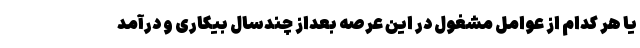
یا هر کدام از عوامل مشغول در این عرصه بعداز چندسال بیکاری و درآمد